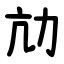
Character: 劥